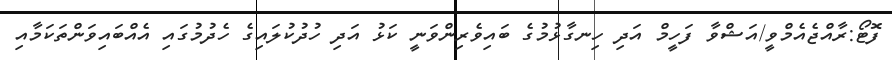
ފޮޓޯ:ރާއްޖެއެމްވީ/އަޝްވާ ފަހީމް އަދި ހިނގާޅުމުގެ ބައިވެރިންވަނީ ކަޅު އަދި ހުދުކުލައިގެ ހެދުމުގައި އެއްބައިވަންތަކަމާއި